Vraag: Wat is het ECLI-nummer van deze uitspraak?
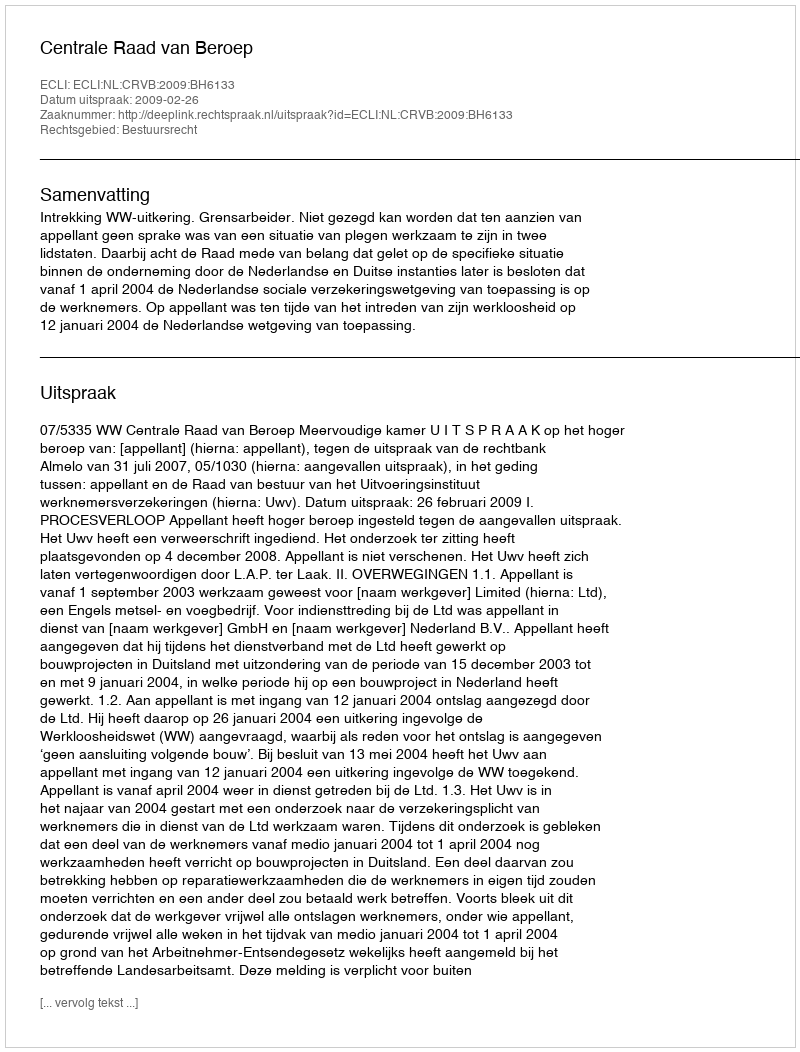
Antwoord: ECLI:NL:CRVB:2009:BH6133